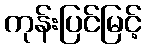
ကုန်းပြင်မြင့်